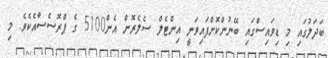
ބަދަލުގައި މި ޑިވައިސްގައި ބޭނުންކޮށްފައިވަނީ އިންޓެލް ސެލެރޮން އެން5100 ގެ ޕްރޮސެސާއެކެވެ. މި